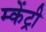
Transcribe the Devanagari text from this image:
म्केंट्री